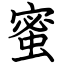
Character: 蜜